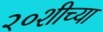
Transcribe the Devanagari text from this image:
२०शीच्या